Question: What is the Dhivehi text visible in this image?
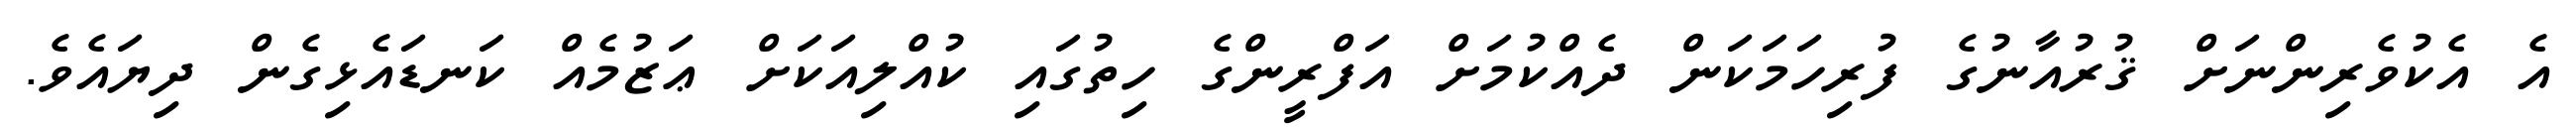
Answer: އެ އެކުވެރިންނަށް ޤުރުއާނުގެ ފުރިހަމަކަން ދެއްކުމަށް އަފްރީންގެ ހިތުގައި ކުއްލިއަކަށް ޢަޒުމެއް ކަނޑައެޅިގެން ދިޔައެވެ.